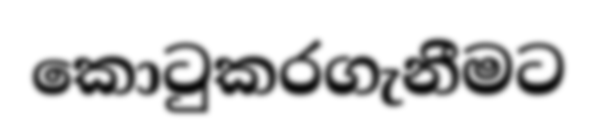
කොටුකරගැනීමට